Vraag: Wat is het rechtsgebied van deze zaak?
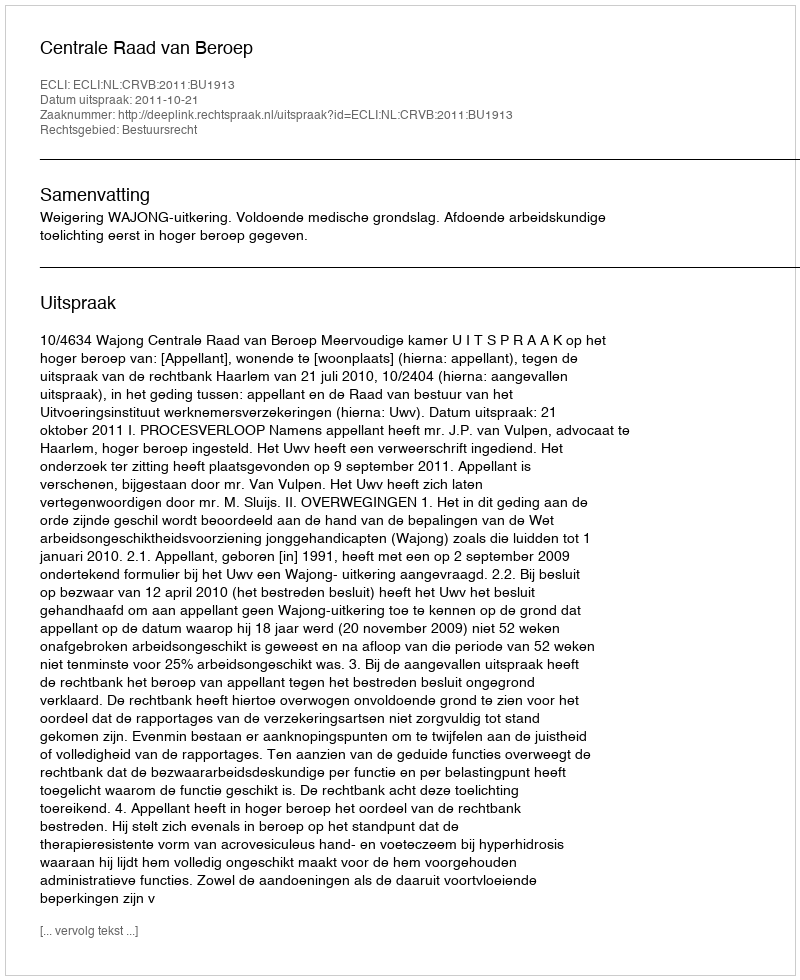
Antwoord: Bestuursrecht